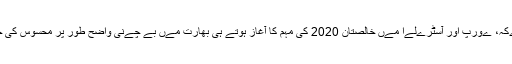
شمالی امرےکہ، ےورپ اور آسٹرےلےا مےں خالصتان 2020 کی مہم کا آغاز ہوتے ہی بھارت مےں بے چےنی واضح طور پر محسوس کی جاسکتی ہے۔